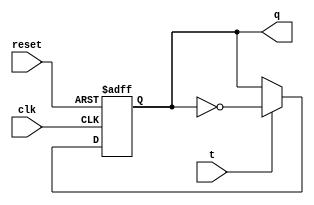
module T_flipflop(
 input wire clk, reset, t,
 output reg q
);
always @(posedge clk or posedge reset)
 if (reset)
 q <= 1'b0;
 else if (t)
 q <= ~q;
endmodule